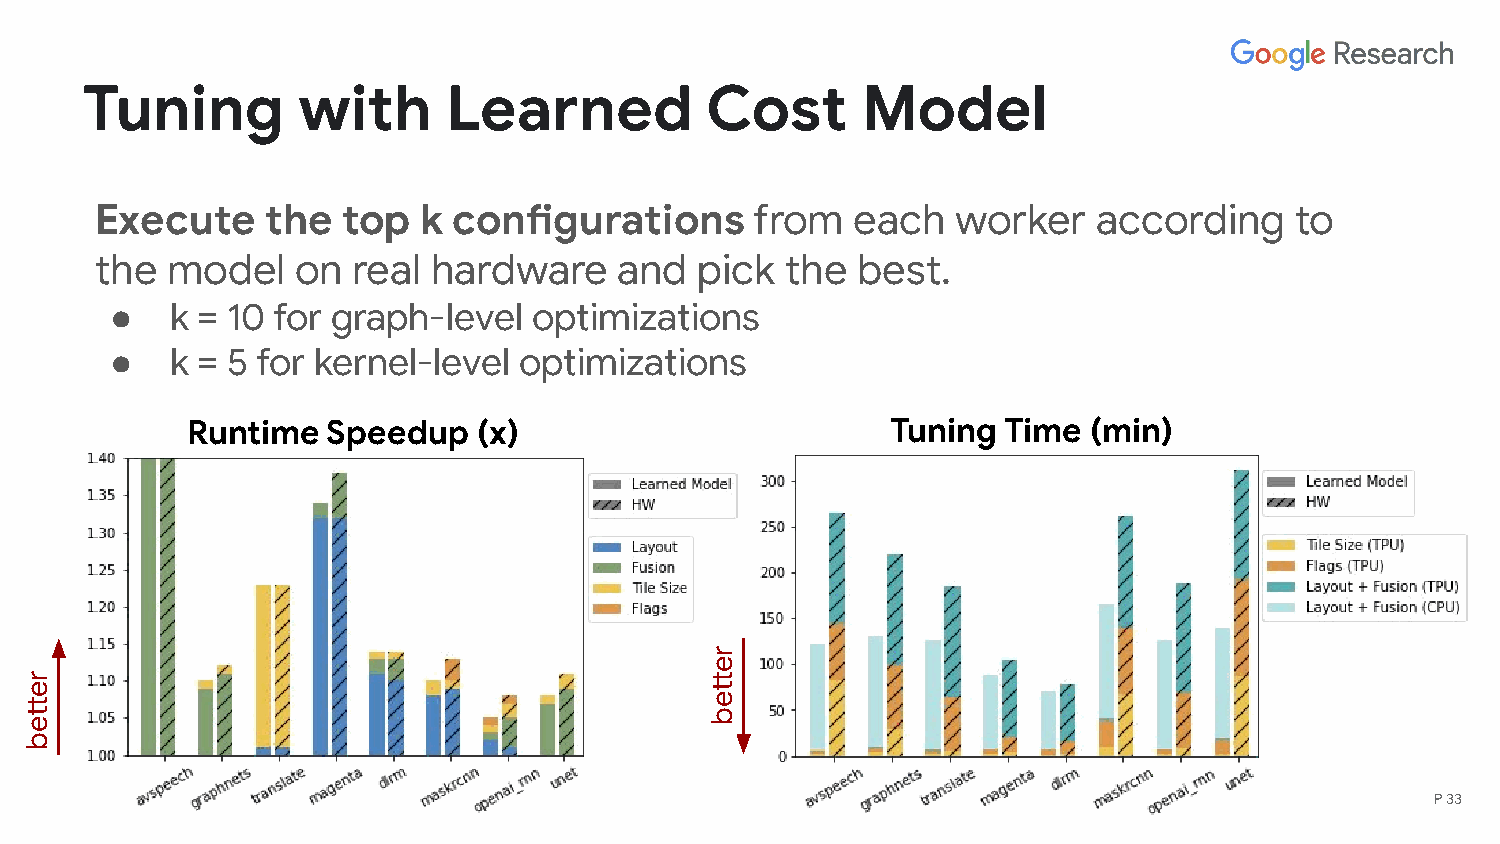
Tuning         with      Learned          Cost      Model
 Execute     the  top  k configurations      from   each  worker    according    to
 the  model    on real  hardware    and  pick  the  best.
 ●   k = 10 for graph-level  optimizations
 ●   k = 5 for kernel-level optimizations
 Runtime   Speedup   (x)                        Tuning Time  (min)
 P 33
 retteb
 retteb